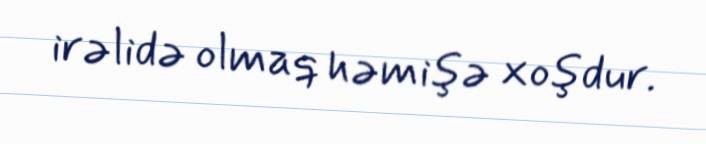
irəlidə olmaq həmişə xoşdur.